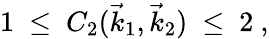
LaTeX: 1\ \leq\ C_{2}(\vec{k}_{1},\vec{k}_{2})\ \leq\ 2\ ,